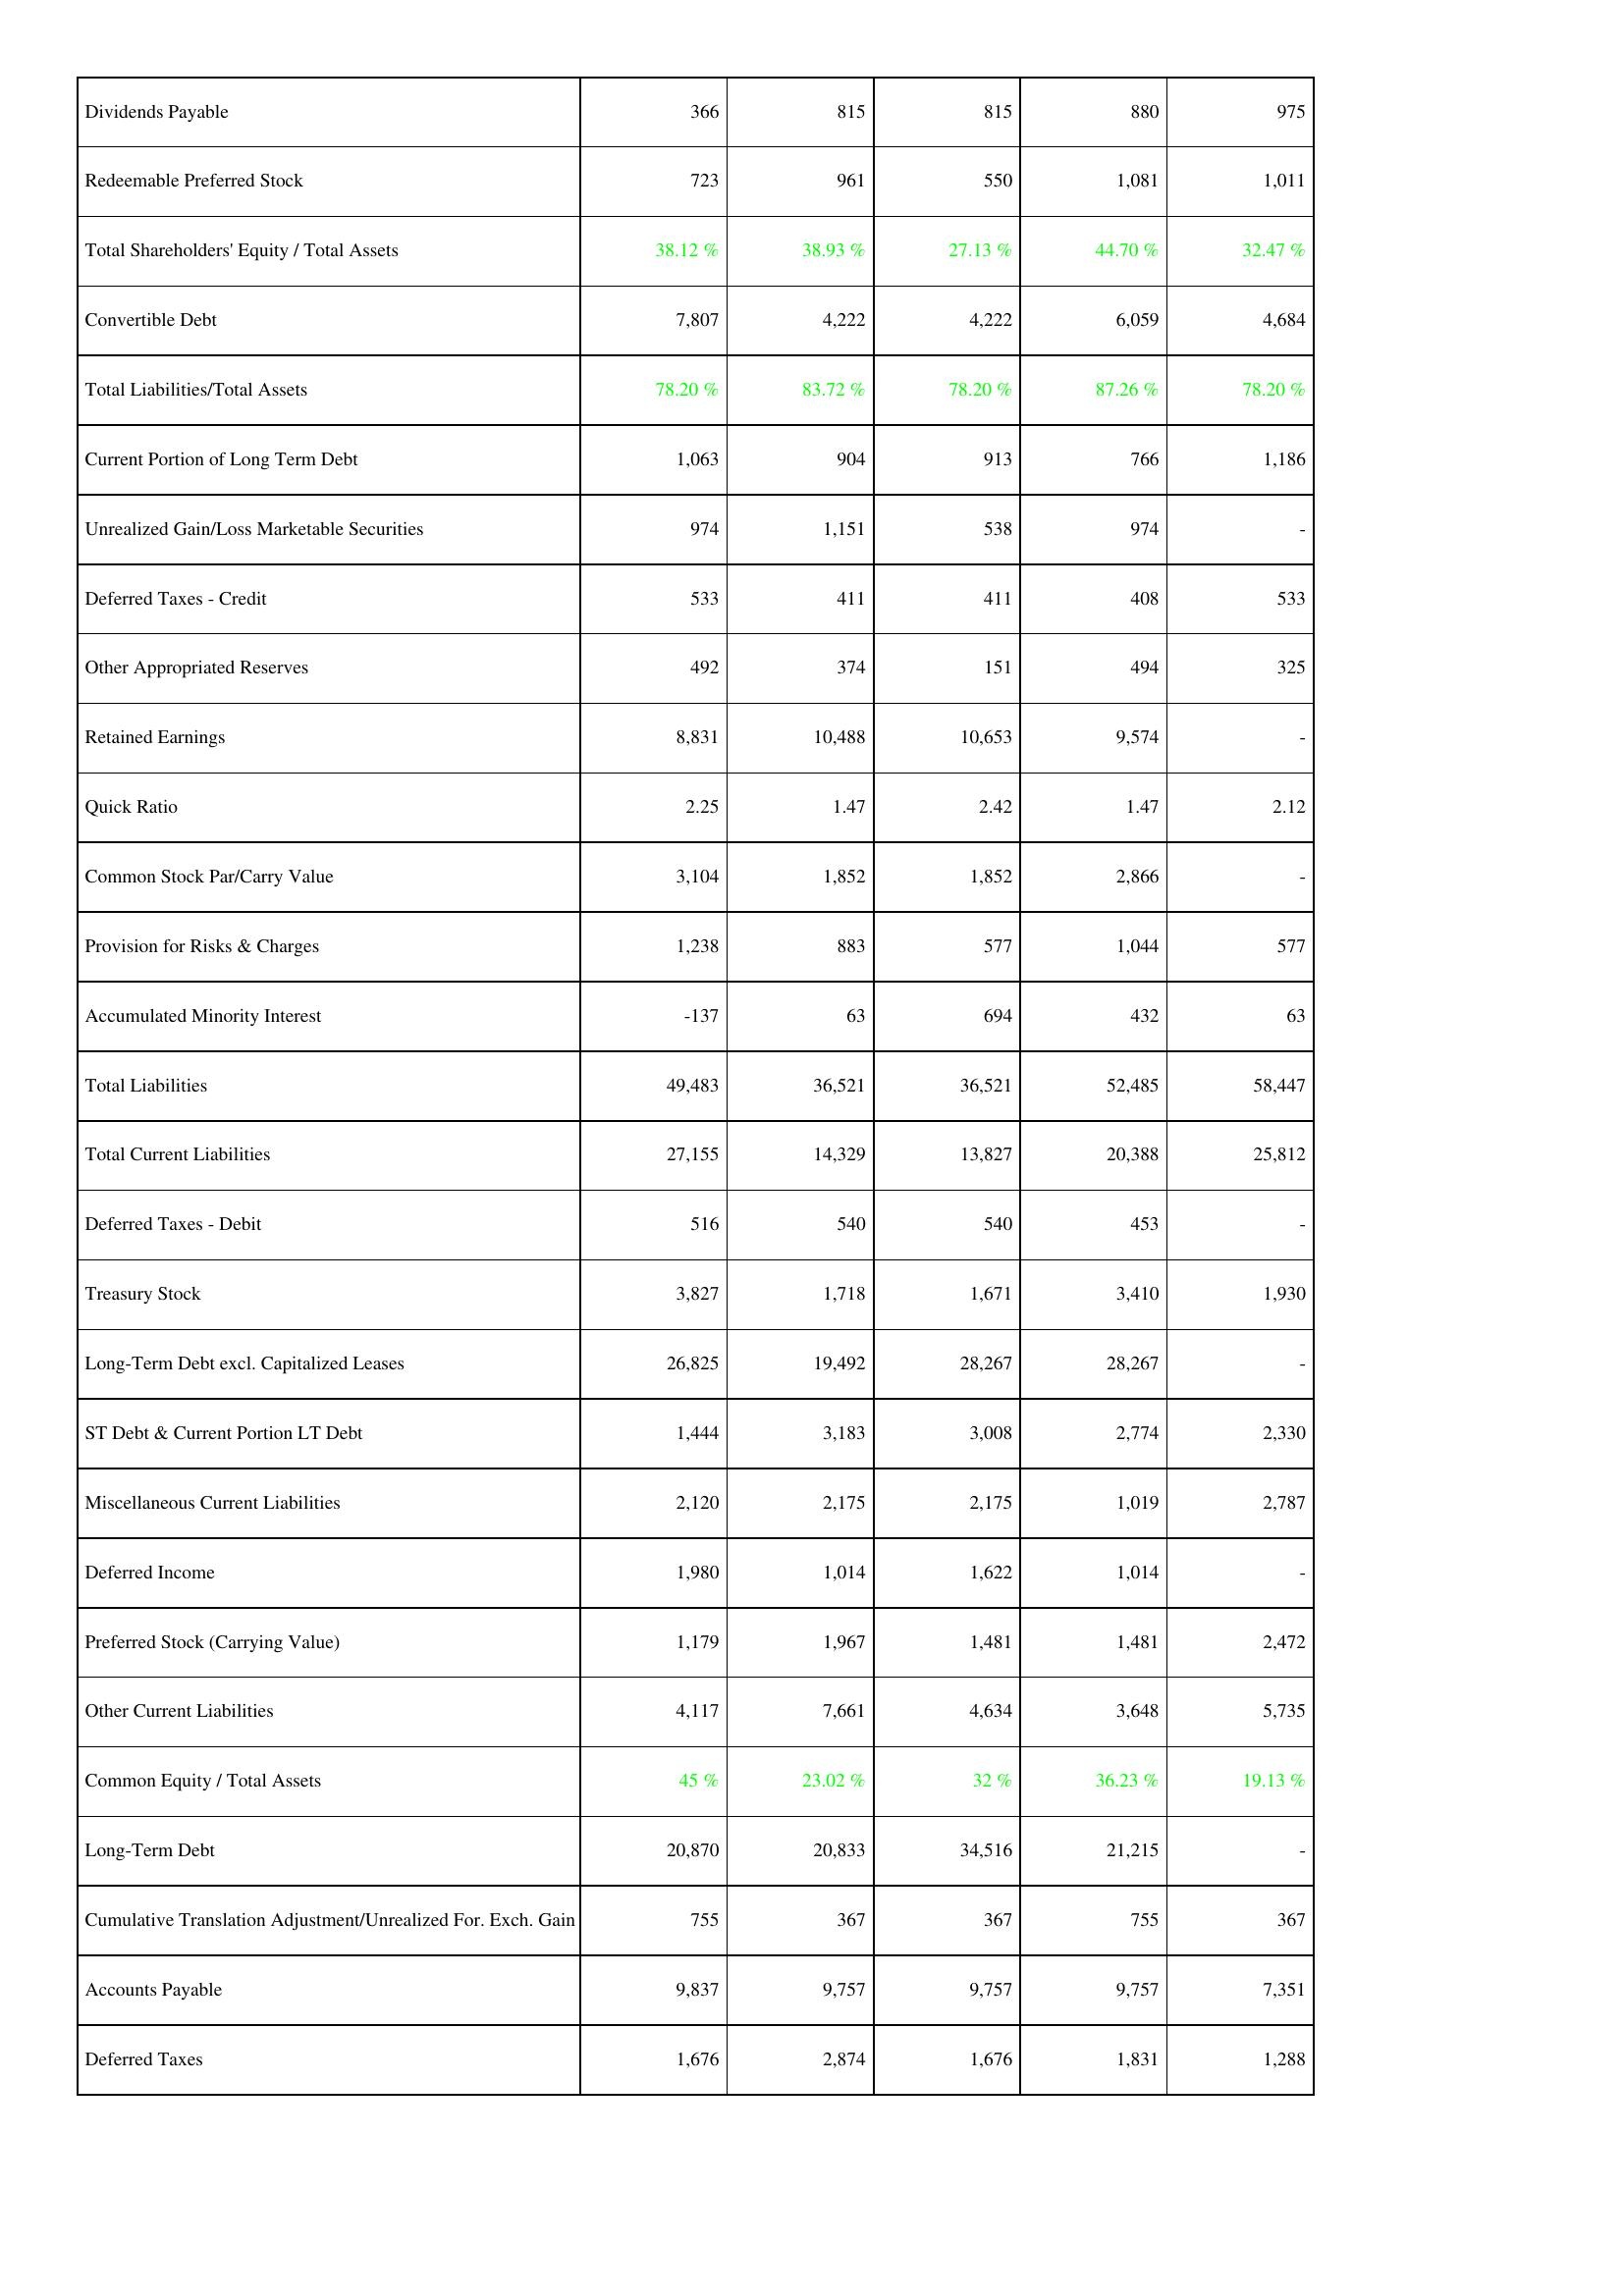
2010: Liabilities & Shareholders' Equity: Dividends Payable: 366
Redeemable Preferred Stock: 723
Total Shareholders' Equity / Total Assets: 38.12 %
Convertible Debt: 7,807
Total Liabilities/Total Assets: 78.20 %
Current Portion of Long Term Debt: 1,063
Unrealized Gain/Loss Marketable Securities: 974
Deferred Taxes - Credit: 533
Other Appropriated Reserves: 492
Retained Earnings: 8,831
Quick Ratio: 2.25
Common Stock Par/Carry Value: 3,104
Provision for Risks & Charges: 1,238
Accumulated Minority Interest: -137
Total Liabilities: 49,483
Total Current Liabilities: 27,155
Deferred Taxes - Debit: 516
Treasury Stock: 3,827
Long-Term Debt excl. Capitalized Leases: 26,825
ST Debt & Current Portion LT Debt: 1,444
Miscellaneous Current Liabilities: 2,120
Deferred Income: 1,980
Preferred Stock (Carrying Value): 1,179
Other Current Liabilities: 4,117
Common Equity / Total Assets: 45 %
Long-Term Debt: 20,870
Cumulative Translation Adjustment/Unrealized For. Exch. Gain: 755
Accounts Payable: 9,837
Deferred Taxes: 1,676
2009: Liabilities & Shareholders' Equity: Dividends Payable: 815
Redeemable Preferred Stock: 961
Total Shareholders' Equity / Total Assets: 38.93 %
Convertible Debt: 4,222
Total Liabilities/Total Assets: 83.72 %
Current Portion of Long Term Debt: 904
Unrealized Gain/Loss Marketable Securities: 1,151
Deferred Taxes - Credit: 411
Other Appropriated Reserves: 374
Retained Earnings: 10,488
Quick Ratio: 1.47
Common Stock Par/Carry Value: 1,852
Provision for Risks & Charges: 883
Accumulated Minority Interest: 63
Total Liabilities: 36,521
Total Current Liabilities: 14,329
Deferred Taxes - Debit: 540
Treasury Stock: 1,718
Long-Term Debt excl. Capitalized Leases: 19,492
ST Debt & Current Portion LT Debt: 3,183
Miscellaneous Current Liabilities: 2,175
Deferred Income: 1,014
Preferred Stock (Carrying Value): 1,967
Other Current Liabilities: 7,661
Common Equity / Total Assets: 23.02 %
Long-Term Debt: 20,833
Cumulative Translation Adjustment/Unrealized For. Exch. Gain: 367
Accounts Payable: 9,757
Deferred Taxes: 2,874
2008: Liabilities & Shareholders' Equity: Dividends Payable: 815
Redeemable Preferred Stock: 550
Total Shareholders' Equity / Total Assets: 27.13 %
Convertible Debt: 4,222
Total Liabilities/Total Assets: 78.20 %
Current Portion of Long Term Debt: 913
Unrealized Gain/Loss Marketable Securities: 538
Deferred Taxes - Credit: 411
Other Appropriated Reserves: 151
Retained Earnings: 10,653
Quick Ratio: 2.42
Common Stock Par/Carry Value: 1,852
Provision for Risks & Charges: 577
Accumulated Minority Interest: 694
Total Liabilities: 36,521
Total Current Liabilities: 13,827
Deferred Taxes - Debit: 540
Treasury Stock: 1,671
Long-Term Debt excl. Capitalized Leases: 28,267
ST Debt & Current Portion LT Debt: 3,008
Miscellaneous Current Liabilities: 2,175
Deferred Income: 1,622
Preferred Stock (Carrying Value): 1,481
Other Current Liabilities: 4,634
Common Equity / Total Assets: 32 %
Long-Term Debt: 34,516
Cumulative Translation Adjustment/Unrealized For. Exch. Gain: 367
Accounts Payable: 9,757
Deferred Taxes: 1,676
2007: Liabilities & Shareholders' Equity: Dividends Payable: 880
Redeemable Preferred Stock: 1,081
Total Shareholders' Equity / Total Assets: 44.70 %
Convertible Debt: 6,059
Total Liabilities/Total Assets: 87.26 %
Current Portion of Long Term Debt: 766
Unrealized Gain/Loss Marketable Securities: 974
Deferred Taxes - Credit: 408
Other Appropriated Reserves: 494
Retained Earnings: 9,574
Quick Ratio: 1.47
Common Stock Par/Carry Value: 2,866
Provision for Risks & Charges: 1,044
Accumulated Minority Interest: 432
Total Liabilities: 52,485
Total Current Liabilities: 20,388
Deferred Taxes - Debit: 453
Treasury Stock: 3,410
Long-Term Debt excl. Capitalized Leases: 28,267
ST Debt & Current Portion LT Debt: 2,774
Miscellaneous Current Liabilities: 1,019
Deferred Income: 1,014
Preferred Stock (Carrying Value): 1,481
Other Current Liabilities: 3,648
Common Equity / Total Assets: 36.23 %
Long-Term Debt: 21,215
Cumulative Translation Adjustment/Unrealized For. Exch. Gain: 755
Accounts Payable: 9,757
Deferred Taxes: 1,831
2006: Liabilities & Shareholders' Equity: Dividends Payable: 975
Redeemable Preferred Stock: 1,011
Total Shareholders' Equity / Total Assets: 32.47 %
Convertible Debt: 4,684
Total Liabilities/Total Assets: 78.20 %
Current Portion of Long Term Debt: 1,186
Unrealized Gain/Loss Marketable Securities: -
Deferred Taxes - Credit: 533
Other Appropriated Reserves: 325
Retained Earnings: -
Quick Ratio: 2.12
Common Stock Par/Carry Value: -
Provision for Risks & Charges: 577
Accumulated Minority Interest: 63
Total Liabilities: 58,447
Total Current Liabilities: 25,812
Deferred Taxes - Debit: -
Treasury Stock: 1,930
Long-Term Debt excl. Capitalized Leases: -
ST Debt & Current Portion LT Debt: 2,330
Miscellaneous Current Liabilities: 2,787
Deferred Income: -
Preferred Stock (Carrying Value): 2,472
Other Current Liabilities: 5,735
Common Equity / Total Assets: 19.13 %
Long-Term Debt: -
Cumulative Translation Adjustment/Unrealized For. Exch. Gain: 367
Accounts Payable: 7,351
Deferred Taxes: 1,288